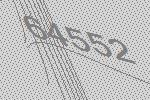
64552